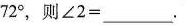
7 2 °$$，则$$∠ 2 =___$$.